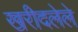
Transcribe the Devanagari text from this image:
खरीदलेले